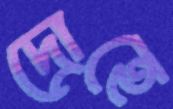
দ্রোহে